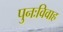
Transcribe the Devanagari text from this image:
पुनःविवाह